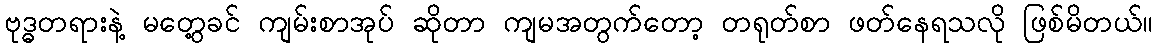
ဗုဒ္ဓတရားနဲ့ မတွေ့ခင် ကျမ်းစာအုပ် ဆိုတာ ကျမအတွက်တော့ တရုတ်စာ ဖတ်နေရသလို ဖြစ်မိတယ်။